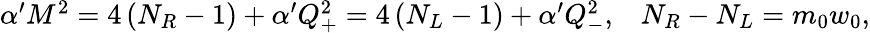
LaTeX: \begin{array}{cc}{{\alpha^{\prime}M^{2}=4\left(N_{R}-1\right)+\alpha^{\prime}Q_{+}^{2}=4\left(N_{L}-1\right)+\alpha^{\prime}Q_{-}^{2},}}&{{N_{R}-N_{L}=m_{0}w_{0},}}\end{array}